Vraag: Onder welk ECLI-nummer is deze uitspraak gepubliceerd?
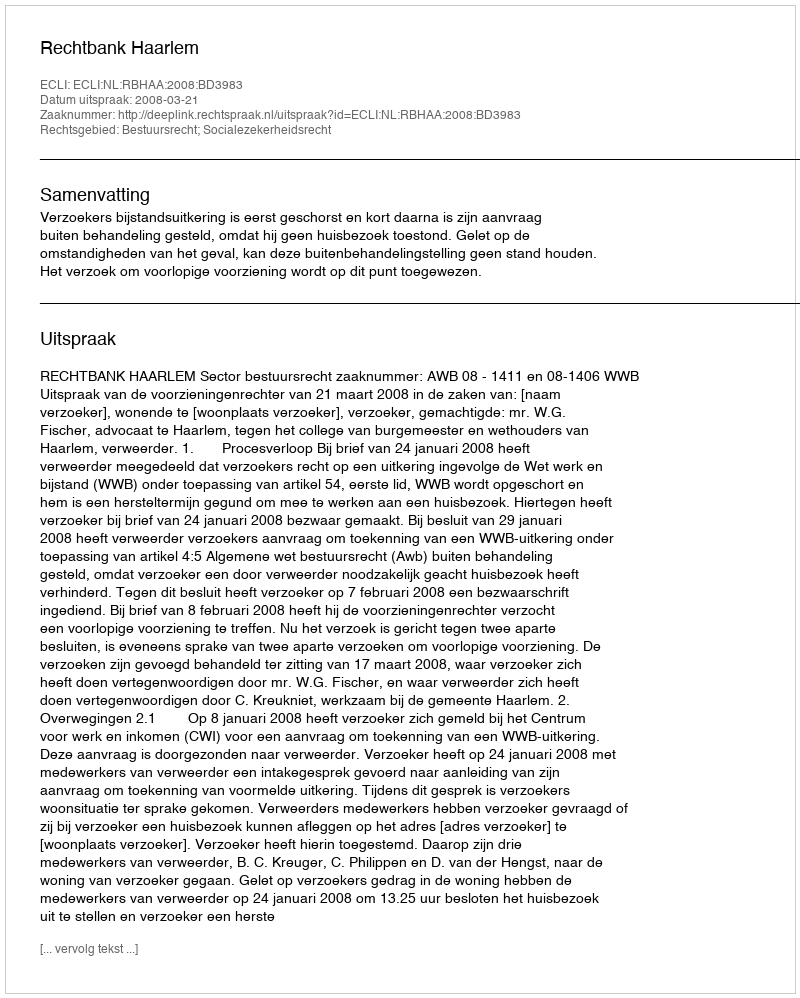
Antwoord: ECLI:NL:RBHAA:2008:BD3983